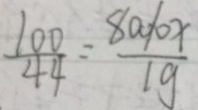
\frac { 1 0 0 } { 4 4 } = \frac { 8 0 0 0 x } { 1 g }